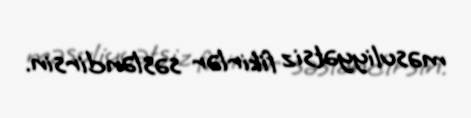
məsuliyyətsiz fikirlər səsləndirsin.